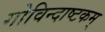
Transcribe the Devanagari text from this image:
गोविन्दाष्टकम्‌